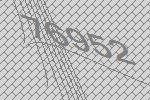
76952